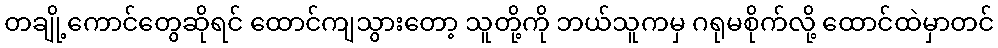
တချို့ကောင်တွေဆိုရင် ထောင်ကျသွားတော့ သူတို့ကို ဘယ်သူကမှ ဂရုမစိုက်လို့ ထောင်ထဲမှာတင်